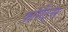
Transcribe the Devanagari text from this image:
फ़ॉर्मैट्स